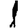
Digit: 1